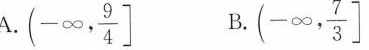
A.(- \infty , \frac{9}{4}] B. (- \infty , \frac{7}{3}\r]